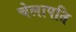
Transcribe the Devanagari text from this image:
चेलापति